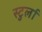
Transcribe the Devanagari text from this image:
स्टुर्ला